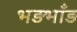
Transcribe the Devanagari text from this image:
भड़भाँड़